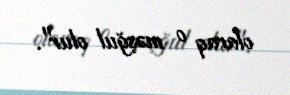
olaraq o məşğul olur".